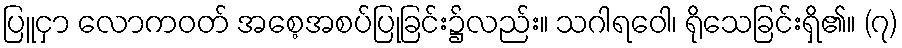
ပြူငှာ လောကဝတ် အစေ့အစပ်ပြုခြင်း၌လည်း။ သဂါရဝေါ၊ ရိုသေခြင်းရှိ၏။ (၇)